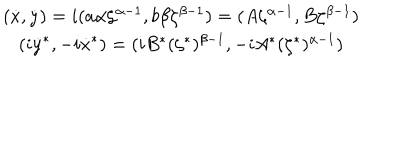
\begin{array} { c } { { ( \dot { x } , \dot { y } ) = i ( a \alpha \zeta ^ { \alpha - 1 } , b \beta \zeta ^ { \beta - 1 } ) = ( A \zeta ^ { \alpha - 1 } , B \zeta ^ { \beta - 1 } ) } } \\ { { ( i \dot { y } ^ { * } , - i \dot { x } ^ { * } ) = ( i B ^ { * } ( \zeta ^ { * } ) ^ { \beta - 1 } , - i A ^ { * } ( \zeta ^ { * } ) ^ { \alpha - 1 } ) } } \\ \end{array}